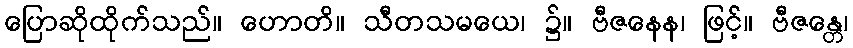
ပြောဆိုထိုက်သည်။ ဟောတိ။ သီတသမယေ၊ ၌။ ဗီဇနေန၊ ဖြင့်။ ဗီဇန္တေ၊